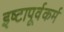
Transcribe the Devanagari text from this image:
इष्टापूर्वकर्म